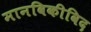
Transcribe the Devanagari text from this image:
मानविकीविद